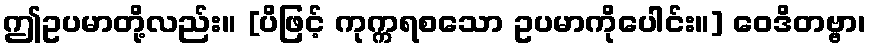
ဤဥပမာတို့လည်း။ [ပိဖြင့် ကုက္ကရစသော ဥပမာကိုပေါင်း။] ဝေဒိတဗ္ဗာ၊